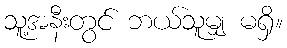
သူ့အနီးတွင် ဘယ်သူမျှ မရှိ။